Report on vaccination in Madras 1895-1903 - 1895-1903
Year: 1895
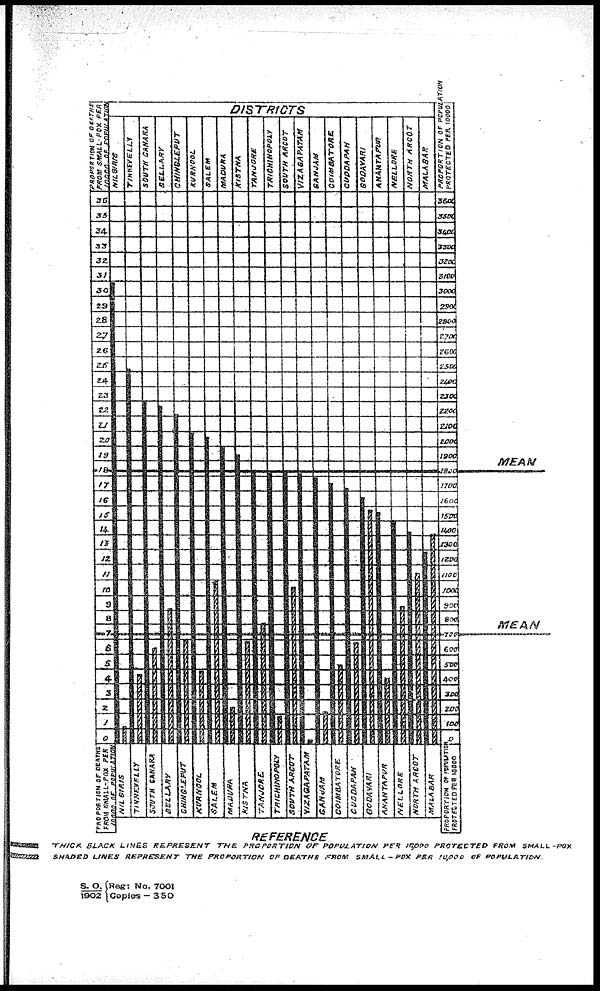
S. O.
1902
Reg: No. 7001
Copies — 350